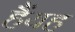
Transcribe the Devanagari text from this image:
हैंयह